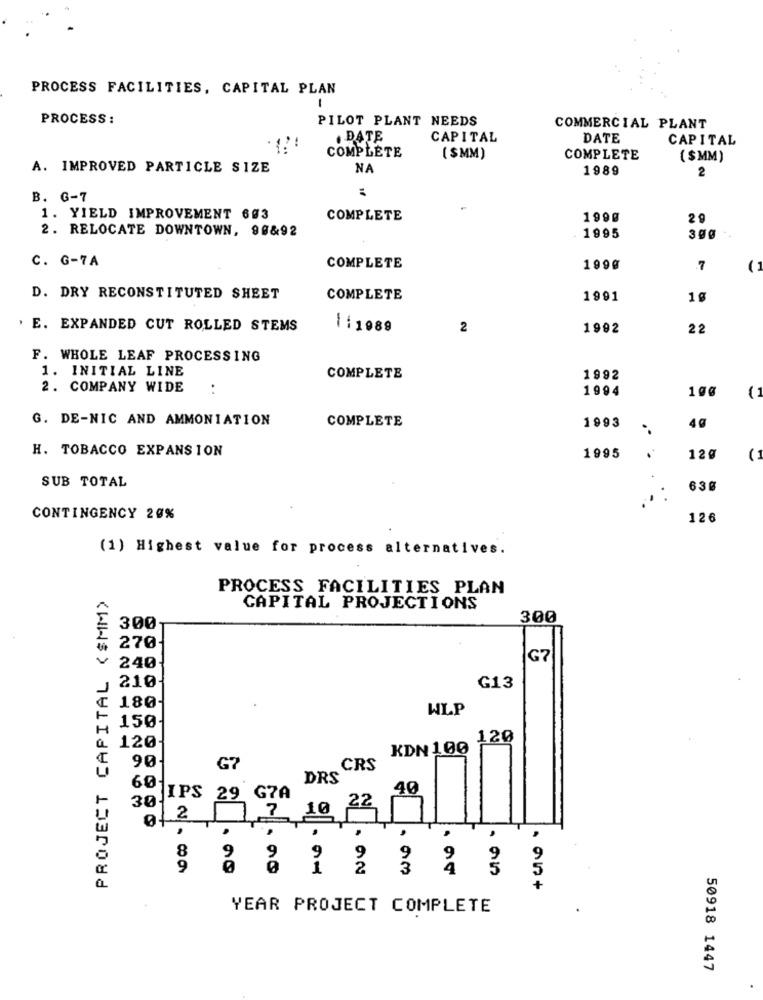
PROCESS FACILITIES, CAPITAL PLAN
-
PROCESS :
PILOT PLANT NEEDS
COMMERCIAL PLANT
. DATE
CAPITAL
DATE
CAPITAL
COMPLETE
( $MM)
COMPLETE
( $ MM)
A. IMPROVED PARTICLE SIZE
NA
1989
2
B. G-7
1. YIELD IMPROVEMENT 603
COMPLETE
1990
29
2. RELOCATE DOWNTOWN, 90&92
1995
3gg
C. G-7A
COMPLETE
199@
.7
D. DRY RECONSTITUTED SHEET
COMPLETE
1991
1 g
. E. EXPANDED CUT ROLLED STEMS
1 :1989
2
1992
22
F. WHOLE LEAF PROCESSING
1. INITIAL LINE
COMPLETE
1992
2. COMPANY WIDE
1994
100
11
G. DE-NIC AND AMMONIATION
COMPLETE
1993
H. TOBACCO EXPANSION
1995
12g
(1
SUB TOTAL
630
CONTINGENCY 20%
126
(1) Highest value for process alternatives.
PROJECT CAPITAL ($MM)
PROCESS FACILITIES PLAN
CAPITAL PROJECTIONS
300
300
270
G7
240
210
G13
180-
WLP
150
120-
120
KDN 100
90
CRS
G7
60
DRS
GYA
40
301
JIPS 29
22
01 2
9
9
9
9
9
9
.00
1
2
3
4
3
.95+
YEAR PROJECT COMPLETE
50918 1447